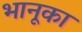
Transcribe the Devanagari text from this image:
भानूका